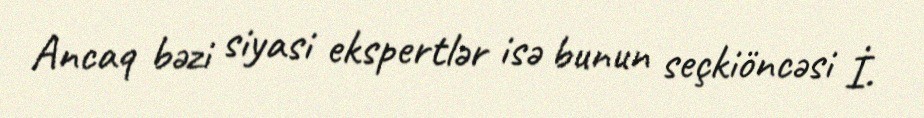
Ancaq bəzi siyasi ekspertlər isə bunun seçkiöncəsi İ.